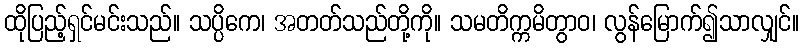
ထိုပြည့်ရှင်မင်းသည်။ သပ္ပိကေ၊ အတတ်သည်တို့ကို။ သမတိက္ကမိတွာဝ၊ လွန်မြောက်၍သာလျှင်။